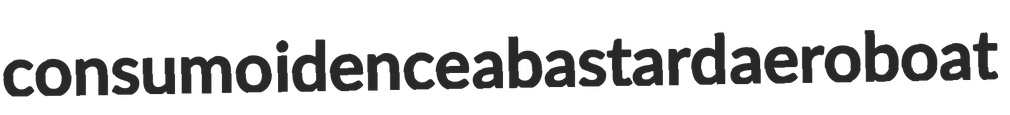
consumo idence abastard aeroboat